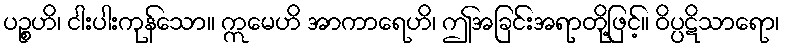
ပဉ္စဟိ၊ ငါးပါးကုန်သော။ ဣမေဟိ အာကာရေဟိ၊ ဤအခြင်းအရာတို့ဖြင့်။ ဝိပ္ပဋိသာရော၊